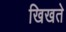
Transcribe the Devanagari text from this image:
खिखते